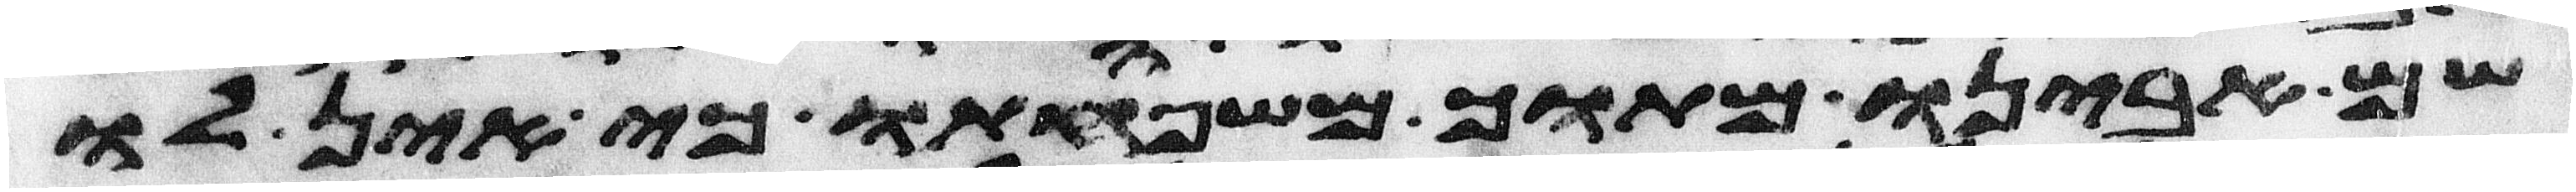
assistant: שם אבינו מתוך משפחתו כי אין לו